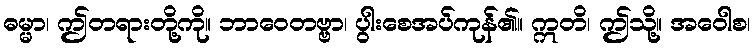
ဓမ္မာ၊ ဤတရားတို့ကို။ ဘာဝေတဗ္ဗာ၊ ပွါးစေအပ်ကုန်၏။ ဣတိ၊ ဤသို့။ အဝေါစ၊